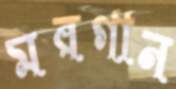
মরগান